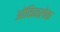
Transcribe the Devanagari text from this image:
ओकिनलेक